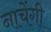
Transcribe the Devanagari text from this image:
नाचेंगी